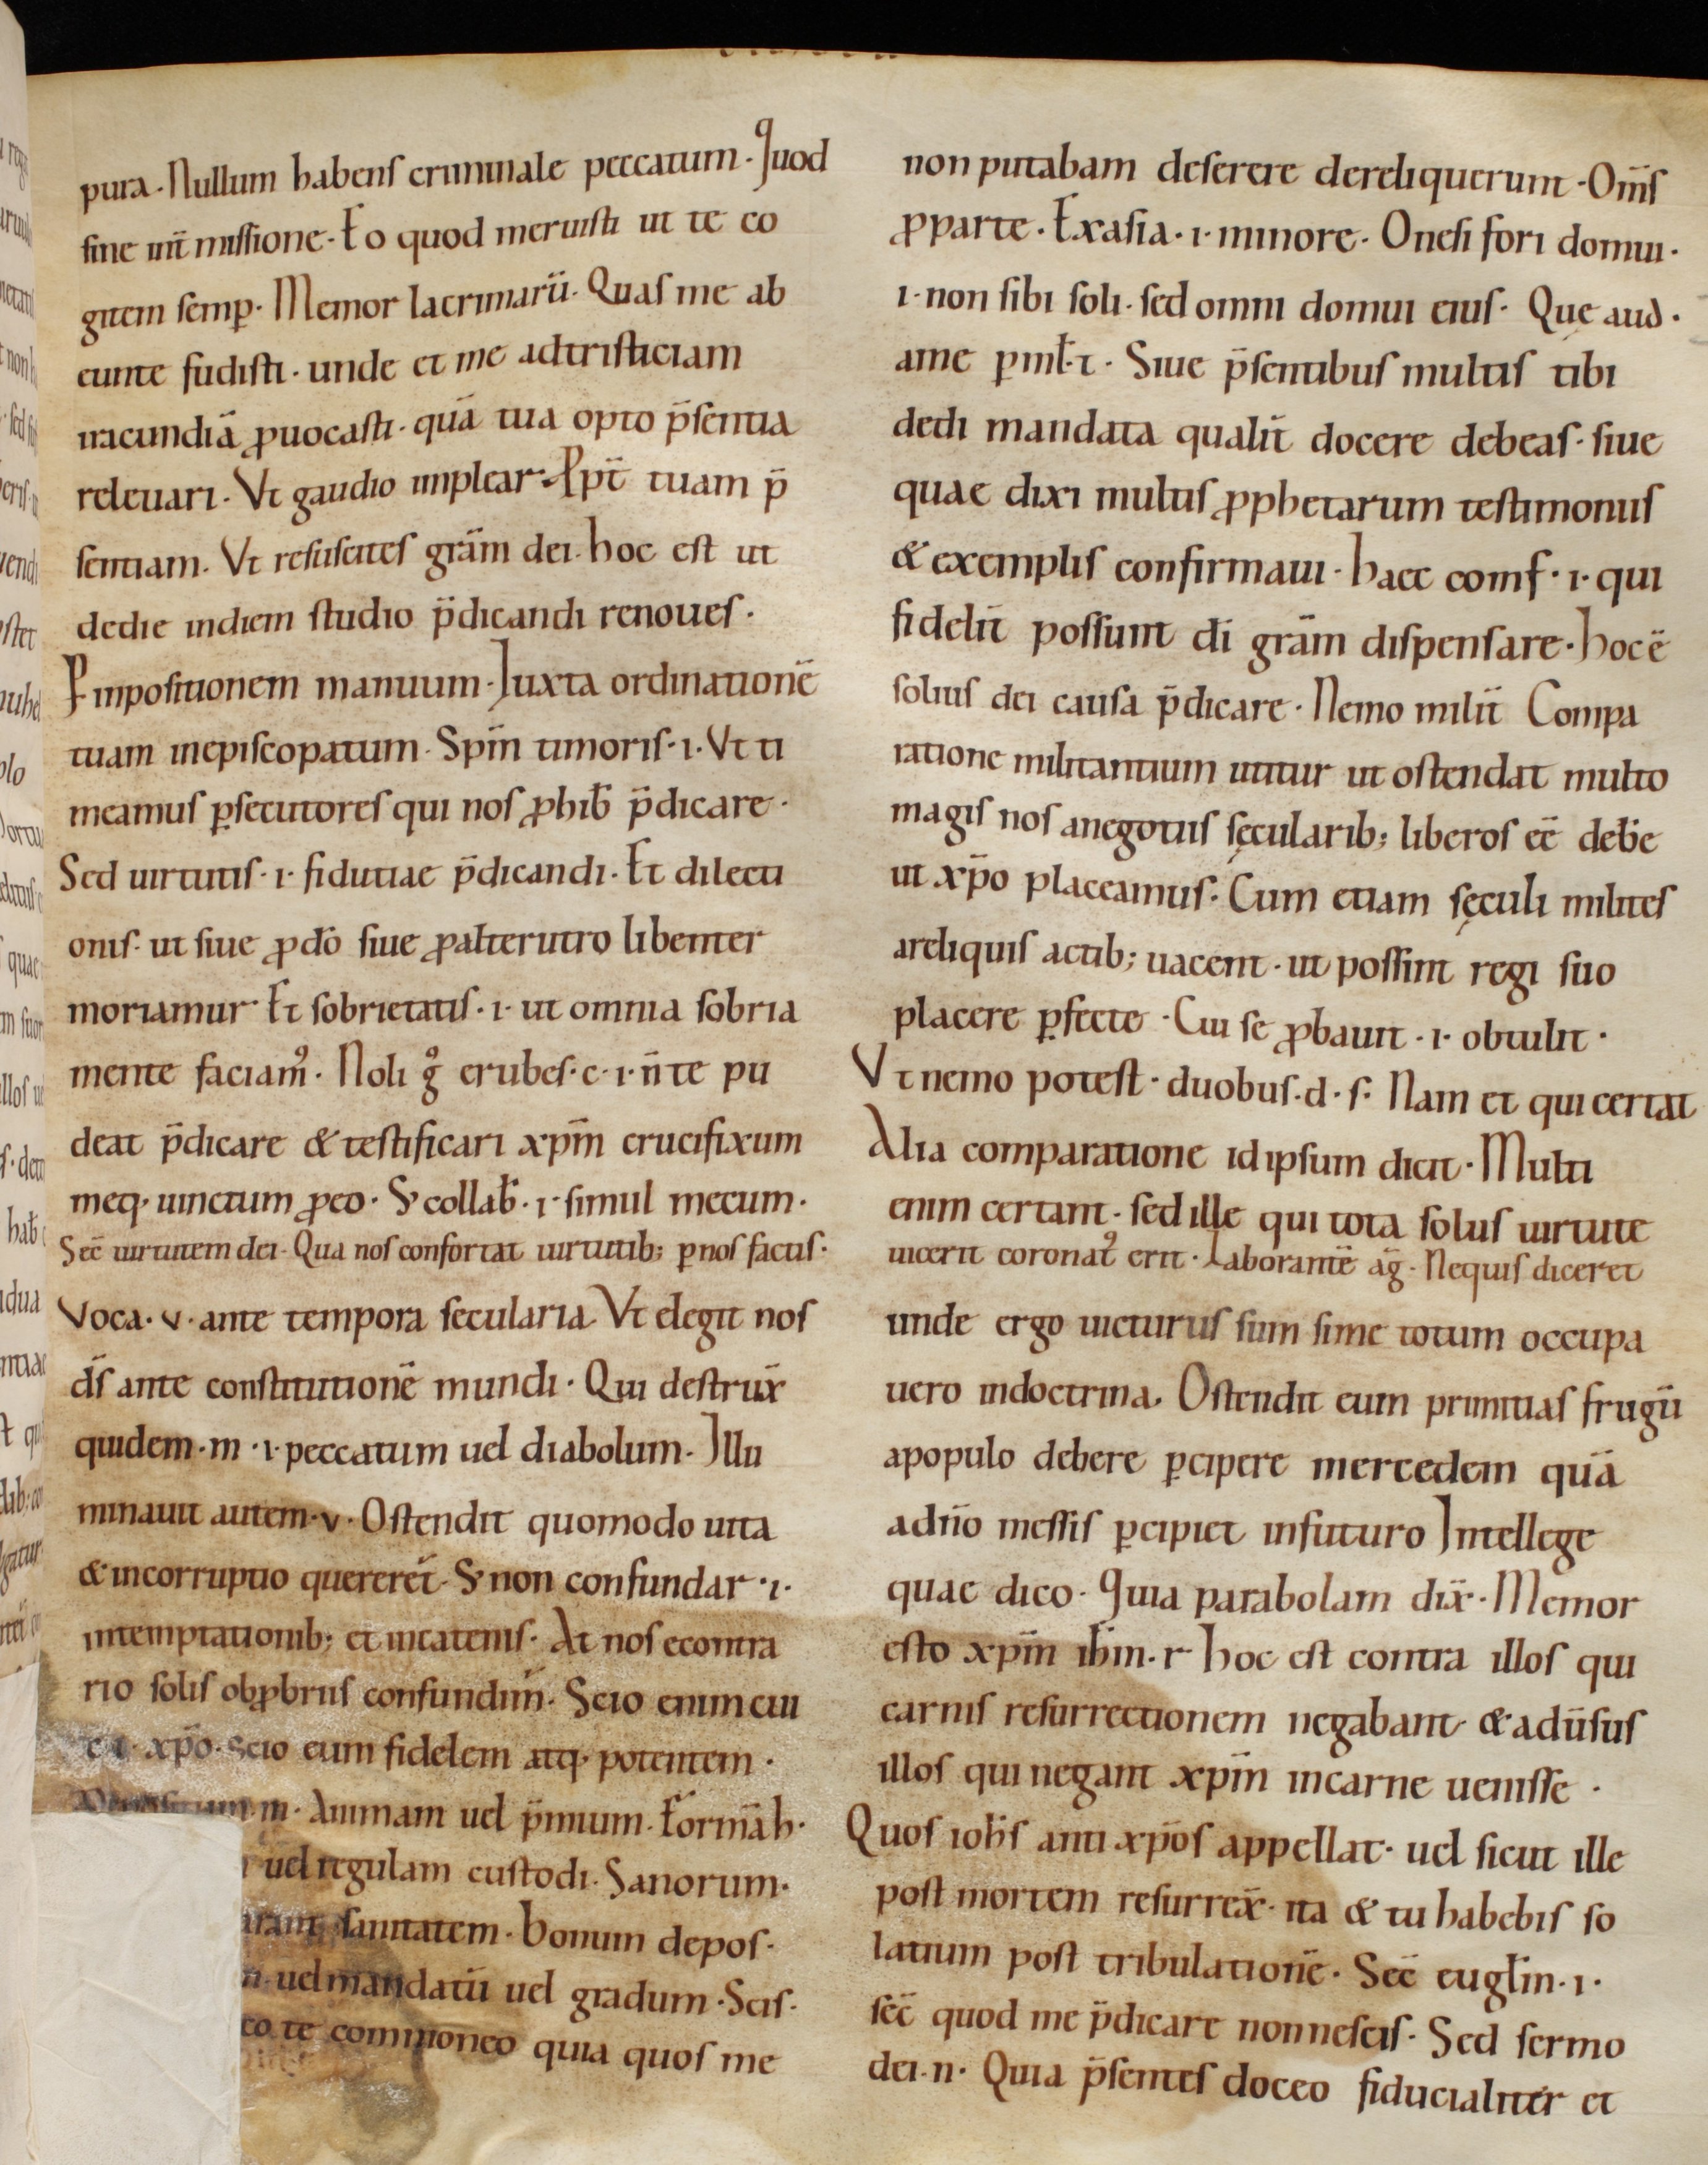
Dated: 900–999